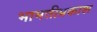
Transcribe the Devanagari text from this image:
भामतीप्रकाश